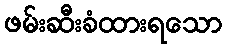
ဖမ်းဆီးခံထားရသော